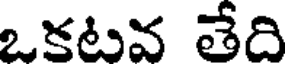
ఒకటవ తేది